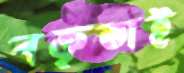
বক্তৃতাই